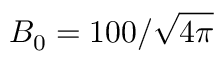
B _ { 0 } = 1 0 0 / \sqrt { 4 \pi }